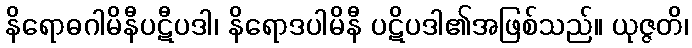
နိရောဓဂါမိနီပဋီပဒါ၊ နိရောဒပါမိနီ ပဋိပဒါ၏အဖြစ်သည်။ ယုဇ္ဇတိ၊